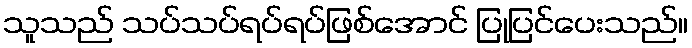
သူသည် သပ်သပ်ရပ်ရပ်ဖြစ်အောင် ပြုပြင်ပေးသည်။